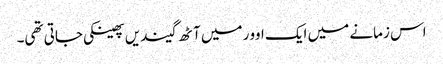
اس زمانے میں ایک اوور میں آٹھ گیندیں پھینکی جاتی تھی۔